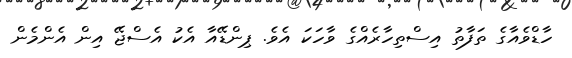
ހާޑްވެއާގެ ތަފާތު އިސްތިހާރެއްގެ ވާހަކަ އެވެ. ޕިންޑޭއާ އެކު އެސްޖޭ އިން އެންމެން